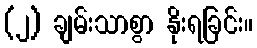
(၂) ချမ်းသာစွာ နိုးရခြင်း။